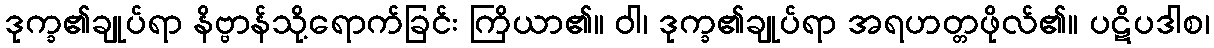
ဒုက္ခ၏ချုပ်ရာ နိဗ္ဗာန်သို့ရောက်ခြင်း ကြိယာ၏။ ဝါ၊ ဒုက္ခ၏ချုပ်ရာ အရဟတ္တဖိုလ်၏။ ပဋိပဒါစ၊